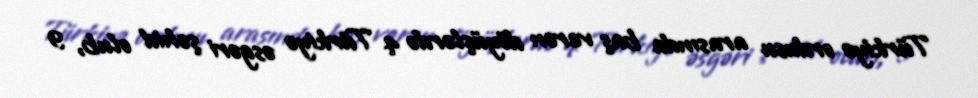
Türkiyə ordusu arasında baş verən döyüşlərdə 4 Türkiyə əsgəri şəhid olub, 9